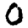
Digit: 0